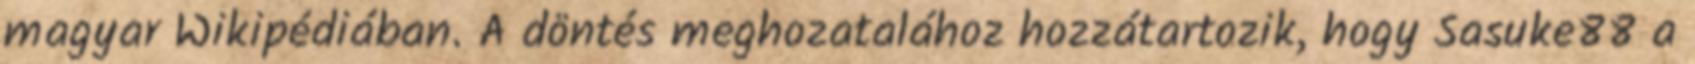
magyar Wikipédiában. A döntés meghozatalához hozzátartozik, hogy Sasuke88 a